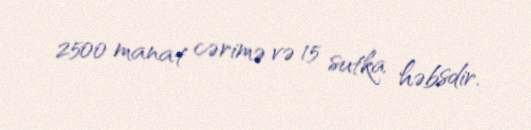
2500 manat cərimə və 15 sutka həbsdir.